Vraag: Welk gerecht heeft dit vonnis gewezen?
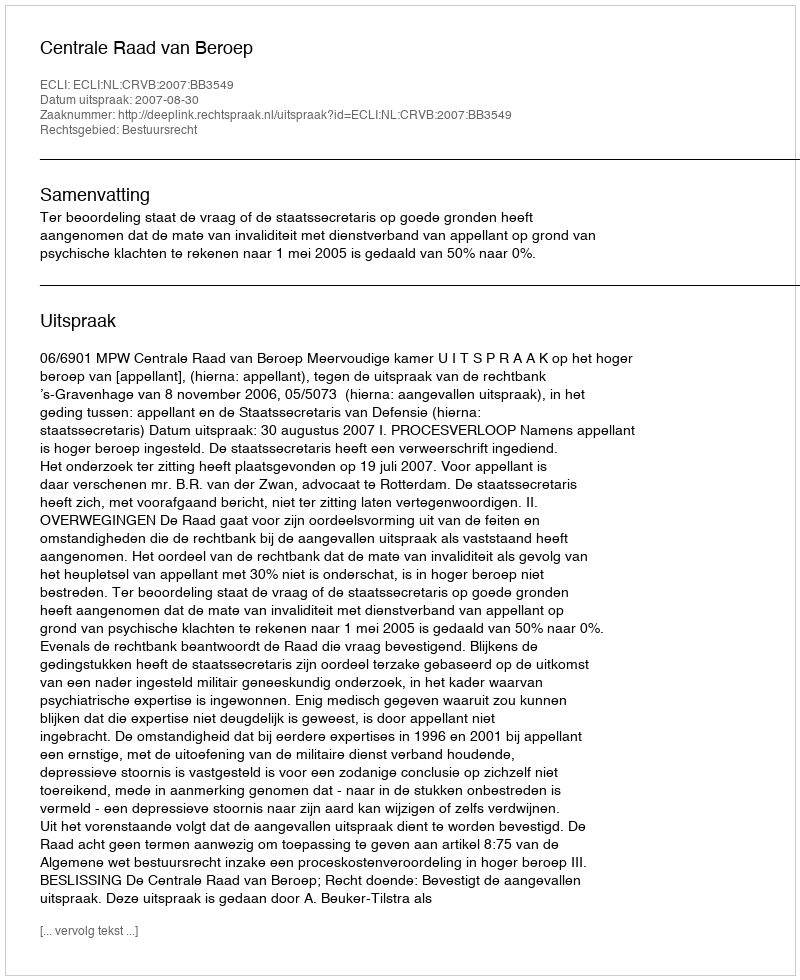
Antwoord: Centrale Raad van Beroep